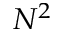
N ^ { 2 }